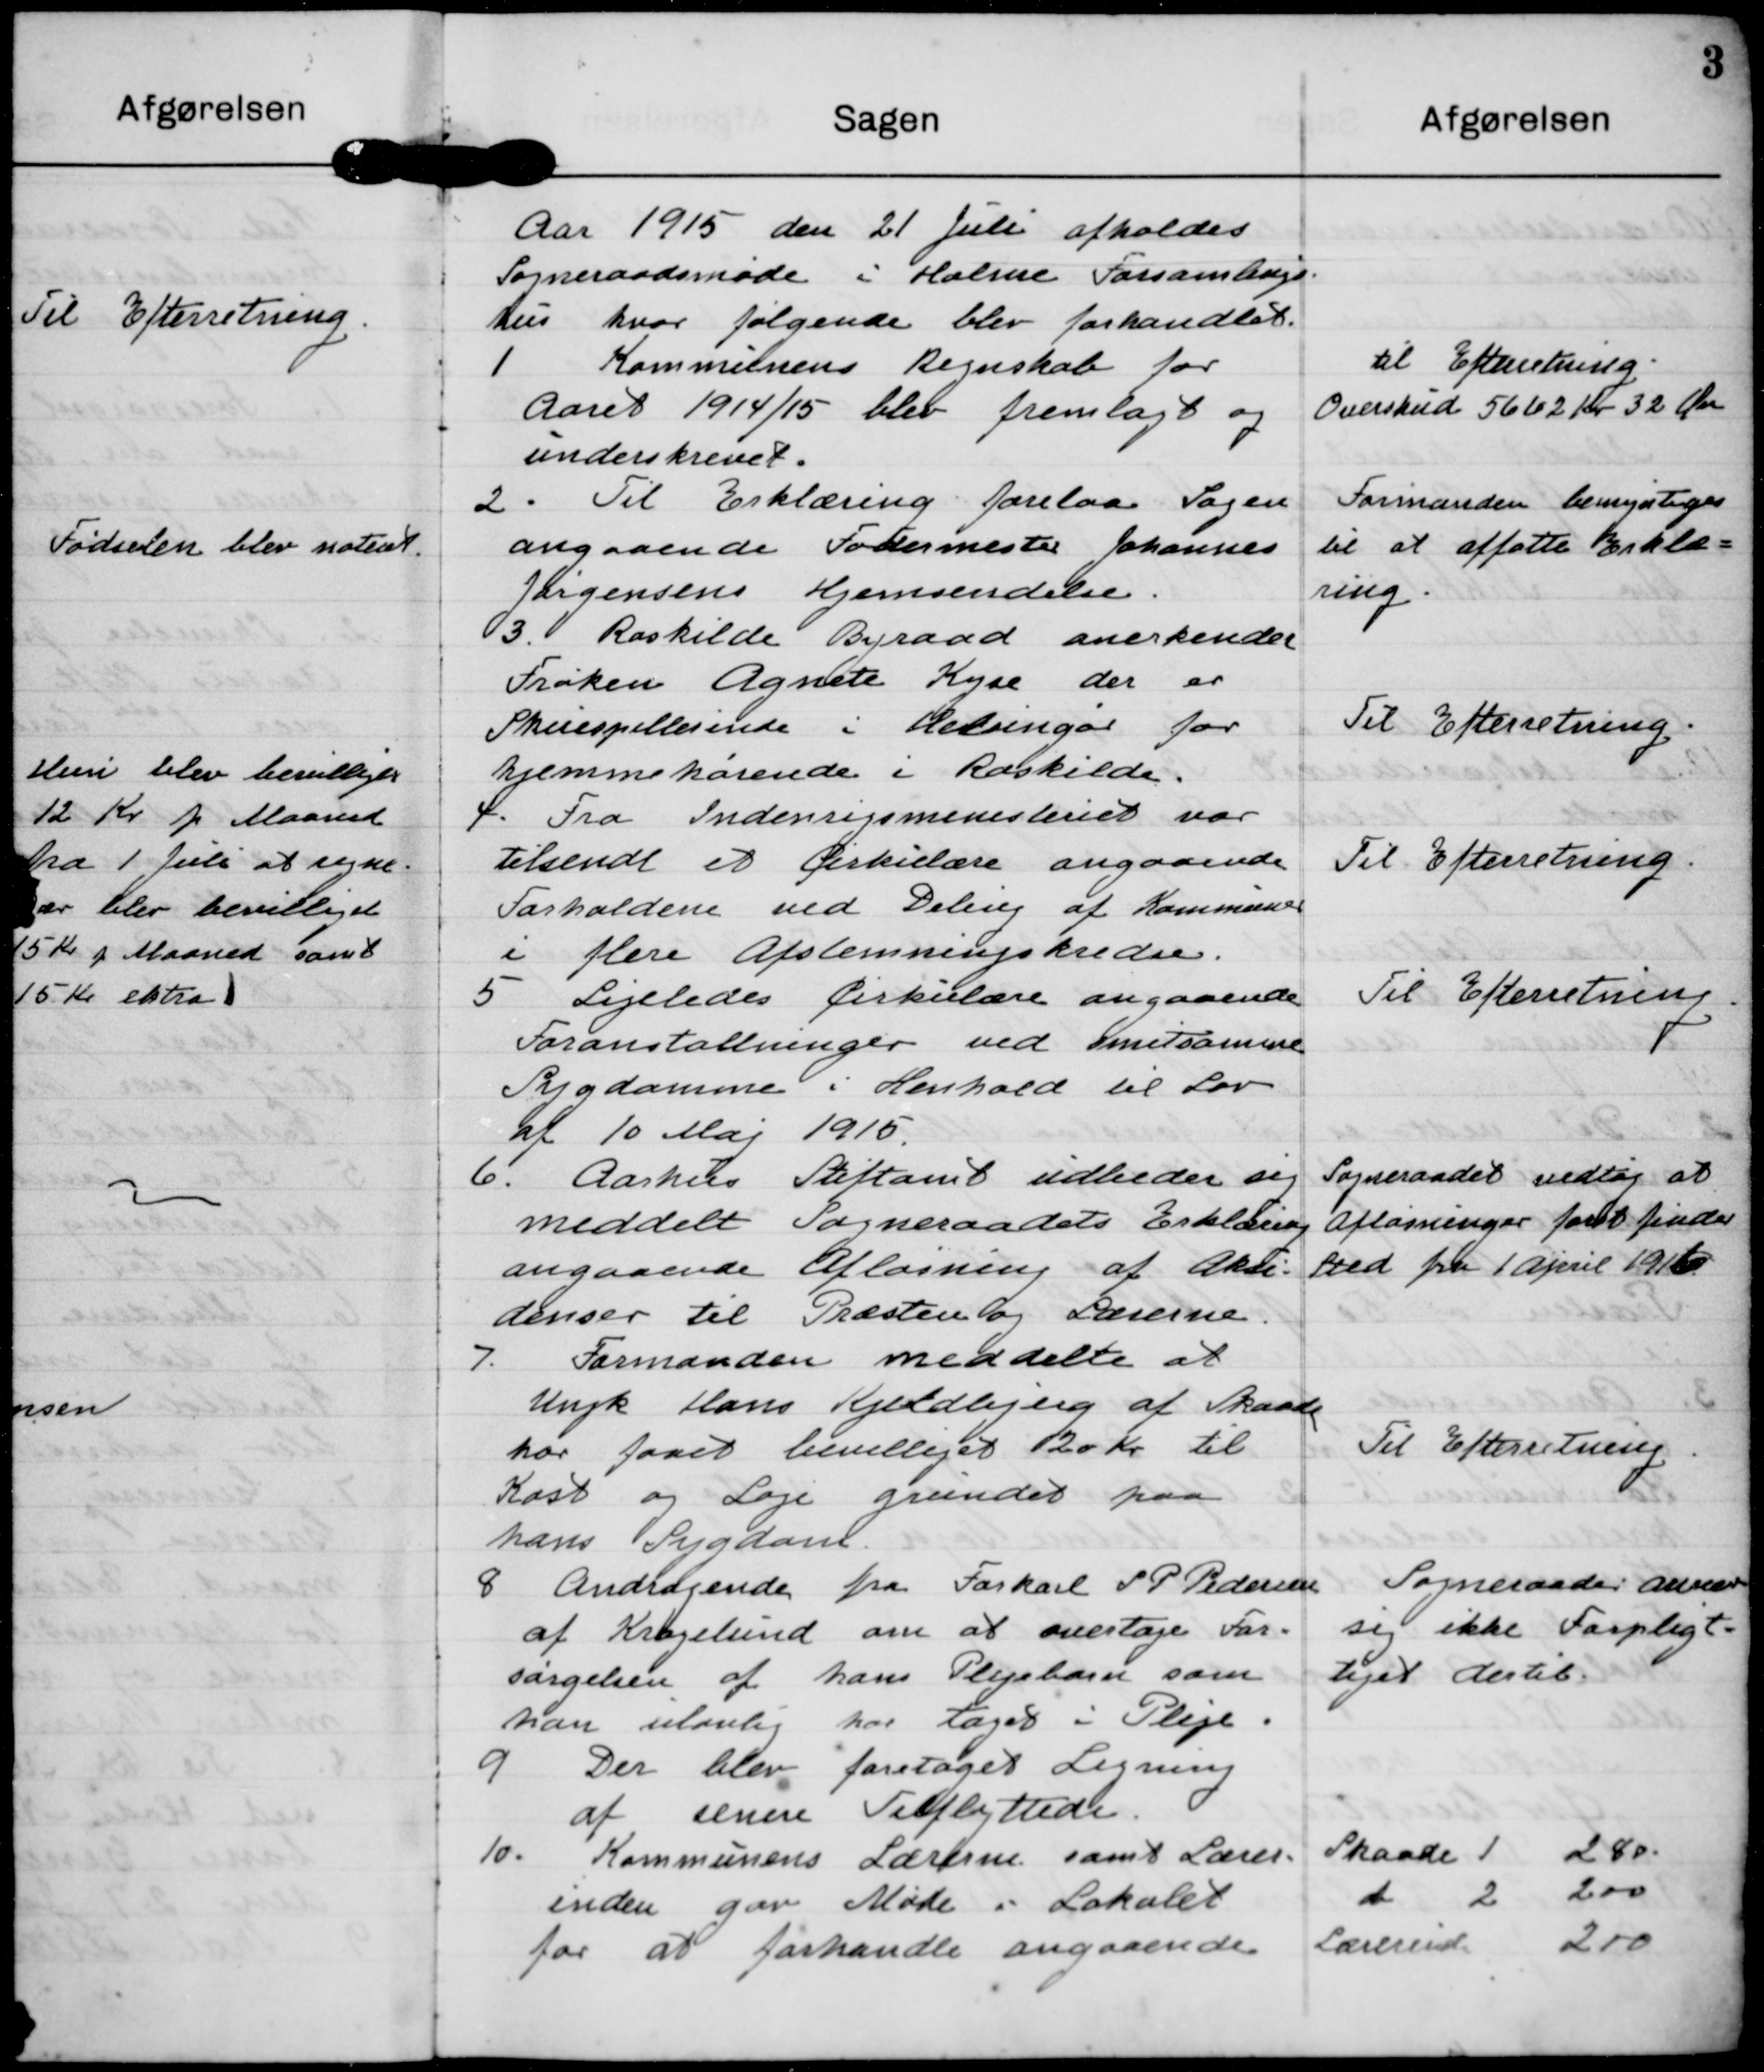
Transskription:
Aar 1915 den 21 Juli afholdes
Sogneraadsmøde i Holme Forsamlings
hus hvor følgende blev forhandlet.

1 Kommunens Regnskab for
Aaret 1914/15 blev fremlagt og
underskrevet.

til Efterretning
Overskud 5662 Kr 32 Øre

2. Til Erklæring forelaa Sagen
angaaende Fodermester Johannes
Jørgensens Hjemsendelse.

Formanden bemyntiges
til at affatte Erklæ=
ring.

3. Roskilde Byraad anerkender
Frøken Agnete Kyse der er
Skuespillerinde i Helsingør for
hjemmehørende i Roskilde.

Til Efterretning.

4. Fra Indenrigsministeriet var
tilsendt et Cirkulære angaaende
Forholdene ved Deling af Kommuner
i flere Afstemningskredse.

Til Efterretning.

5. Ligeledes Cirkulære  angaaende
Foranstaltninger ved smitsomme
Sygdomme i Henhold til Lov
af 10 Maj 1915.

Til Efterretning.

6. Aarhus Stiftamt udbeder sig
meddelt Sogneraadets Erklæring
angaaende Afløsning af Aksi-
denser til Præsten og Lærerne.

Sogneraadet vedtog at
Afløsninger først finder
Sted fra 1. April 1916

7. Formanden meddelte at
Ungk Hans Kjeldbjerg af Skaade
har faaet bevilliget 120 Kr til
Kost og Logi grundet paa
hans Sygdom.

Til Efterretning

8. Andragende fra Forkarl S P Pedersen
af Kragelund om at overtage For=
sørgelsen af hans Plejebarn som
han ulovlig har taget i Pleje.

Sogneraadet anseer
sig ikke Forpligt-
tiget dertil

9 Der blev foretaget Ligning 
af senere Tilflyttede.

10. Kommunens Lærerne samt Lærer-
inden gav Møde i Lokalet
for at forhandle angaaende

Skaade 1 280
d 2 200
Lærerinde 200